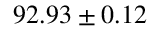
9 2 . 9 3 \pm 0 . 1 2